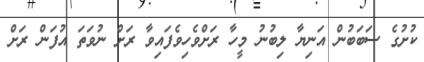
ކުށުގެ ސަބަބުން އަނިޔާ ލިބުނު މީހާ ރަށްވެހިވެފައިވާ ރަށް ނުވަތަ އުފަން ރަށް